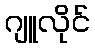
ဂျူလိုင်